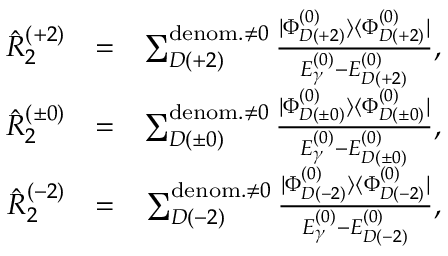
\begin{array} { r l r } { \hat { R } _ { 2 } ^ { ( + 2 ) } } & { = } & { \sum _ { D ( + 2 ) } ^ { { \mathrm { d e n o m . } \neq 0 } } \frac { | \Phi _ { D ( + 2 ) } ^ { ( 0 ) } \rangle \langle \Phi _ { D ( + 2 ) } ^ { ( 0 ) } | } { E _ { \gamma } ^ { ( 0 ) } - E _ { D ( + 2 ) } ^ { ( 0 ) } } , } \\ { \hat { R } _ { 2 } ^ { ( \pm 0 ) } } & { = } & { \sum _ { D ( \pm 0 ) } ^ { { \mathrm { d e n o m . } \neq 0 } } \frac { | \Phi _ { D ( \pm 0 ) } ^ { ( 0 ) } \rangle \langle \Phi _ { D ( \pm 0 ) } ^ { ( 0 ) } | } { E _ { \gamma } ^ { ( 0 ) } - E _ { D ( \pm 0 ) } ^ { ( 0 ) } } , } \\ { \hat { R } _ { 2 } ^ { ( - 2 ) } } & { = } & { \sum _ { D ( - 2 ) } ^ { { \mathrm { d e n o m . } \neq 0 } } \frac { | \Phi _ { D ( - 2 ) } ^ { ( 0 ) } \rangle \langle \Phi _ { D ( - 2 ) } ^ { ( 0 ) } | } { E _ { \gamma } ^ { ( 0 ) } - E _ { D ( - 2 ) } ^ { ( 0 ) } } , } \end{array}